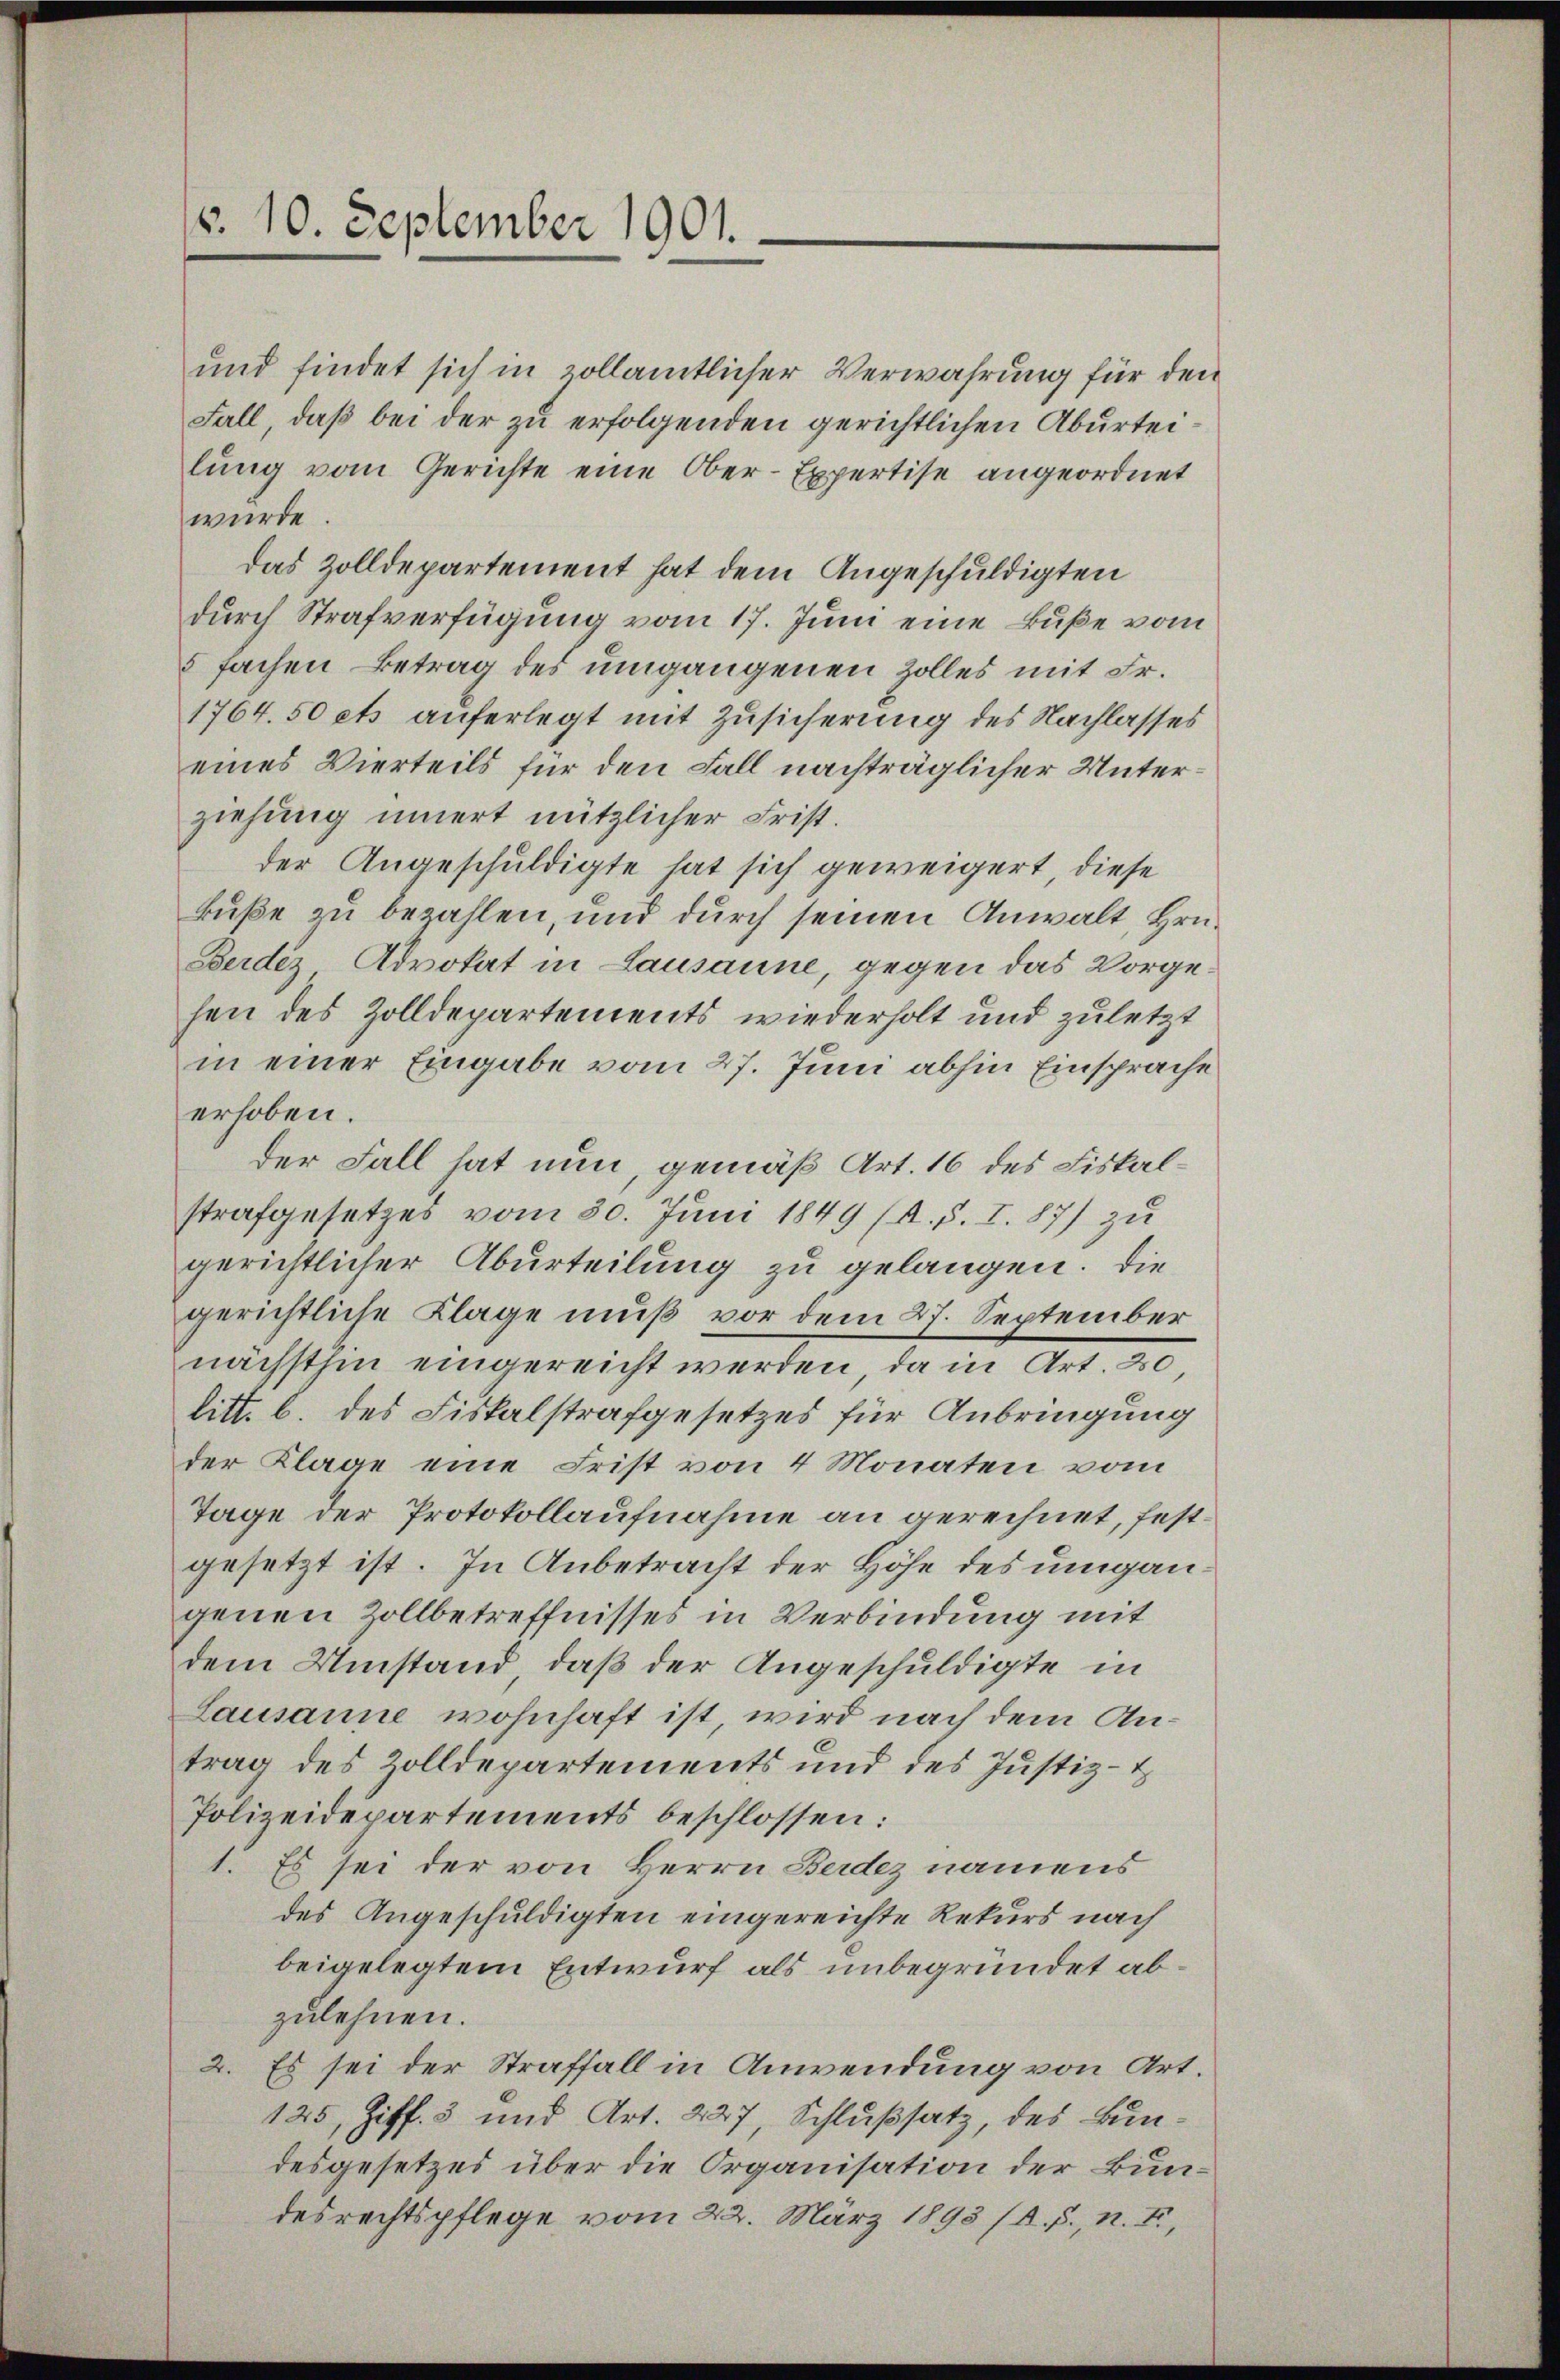
d. 10. September 1901.

und findet sich in collamtlicher Verwahrung für den
Fall, daß bei der zu erfolgenden gerichtlichen Aburteilung vom Gerichte eine Ober-Expertise angeordnet
würde.
das Zolldepartement hat dem Angeschuldigten
durch Strafverfügung vom 17. Juni eine Buße vom
5fachen Betrag des umgangenen Zolles mit Fr.
1764. 50 ets auferlegt mit Zusicherung des Nachlasses
eines Vierteils für den Fall nachträglicher Unterziehung innert nützlicher Frist.
der Angeschuldigte hat sich geweigert, diese
kuße zu bezahlen, und durch seinen Anwalt, Hrn.
Berdiz Advokat in Lausanne, gegen das Vorge-
hen des Zolldepartements wiederholt und zuletzt
in einer Eingabe vom 27. Juni abhin Einsprache
erhoben.
der Fall hat nun, gemäß Art. 16 des Fiskalstrafgesetzes vom 30. Juni 1849 (s. S. I. 87 zu
gerichtlicher Aburteilung zu gelangen. Die
gerichtliche Klage muß vor dem 27. September
nächsthin eingereicht werden, da in Ant
litt. b. des Fiskalstrafgesetzes für Anbringung
der Klage eine Frist von 4 Monaten vom
Tage der Protokollaufnahme an gerechnet, festgesetzt ist. In Anbetracht der Höhe des umgangenen Zollbetreffnisses in Verbindung mit
dem Umstand, daß der Angeschuldigte in
Lausanne wohnhaft ist, wird nach dem Antrag des Zolldepartements und des Justiz-t
Polizeidepartements beschlossen:
1. Es sei der von Herrn Berdez namens
des Angeschuldigten eingereichte Rekurs nach
beigelegtem Entwurf als unbegründet abzulehnen.
2. Es sei der Straffall in Anwendung von Art.
125, Ziff. 3 und Art. 227, Schlußsatz, des Bundesgesetzes über die Organisation der Bundesrechtspflege vom 22. März 1893 /d. S., n. F.,